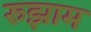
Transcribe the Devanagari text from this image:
रुझाम